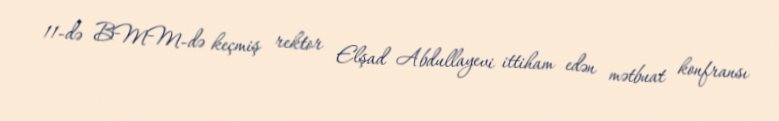
11-də BMM-də keçmiş rektor Elşad Abdullayevi ittiham edən mətbuat konfransı